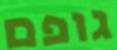
גופם